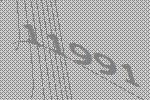
11991